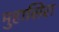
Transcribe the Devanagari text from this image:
मुहासिरा